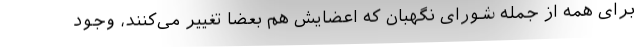
برای همه از جمله شورای نگهبان که اعضایش هم بعضاً تغییر می‌کنند، وجود